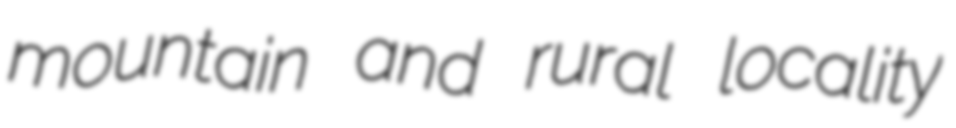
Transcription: mountain and rural locality